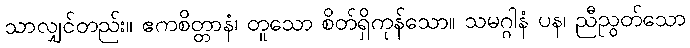
သာလျှင်တည်း။ ဧကစိတ္တာနံ၊ တူသော စိတ်ရှိကုန်သော။ သမဂ္ဂါနံ ပန၊ ညီညွတ်သော